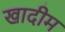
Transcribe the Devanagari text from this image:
खादीम